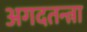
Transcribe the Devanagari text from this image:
अगदतन्त्रा